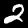
Label: 2